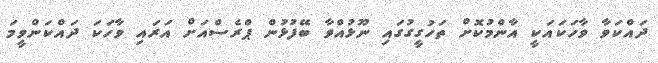
ދައްކަވާ ވާހަކައަކީ އާންމުކޮށް ތަހުގީގުގައި ނޫޅުއްވާ ބޭފުޅުން ޕްރެސްއަށް އަރައި ވާހަކަ ދައްކަންވީމަ